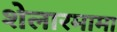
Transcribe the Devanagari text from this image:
शेलारमामा